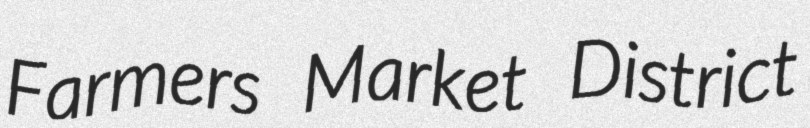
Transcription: Farmers Market District